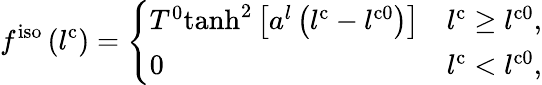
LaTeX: f^{\mathrm{iso}}\left(l^{\mathrm{c}}\right)=\left\{ \begin{array}{ll}{T^{0}\mathrm{tanh}^{2}\left[a^{l}\left(l^{\mathrm{c}}-l^{\mathrm{c0}}\right)\right]}&{l^{\mathrm{c}}\geq l^{\mathrm{c0}},}\\ {0}&{l^{\mathrm{c}}<l^{\mathrm{c0}},}\end{array}\right.